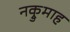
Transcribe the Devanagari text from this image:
नक्रुमाह